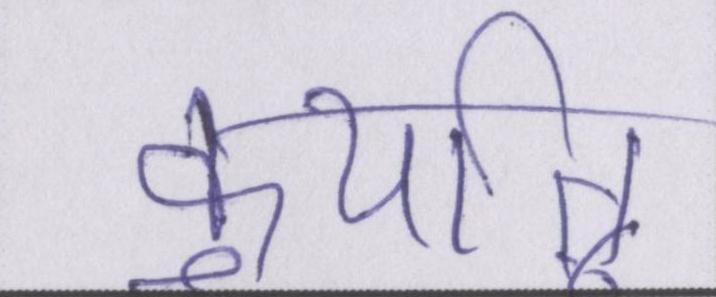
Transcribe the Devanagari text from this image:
कुर्यात्